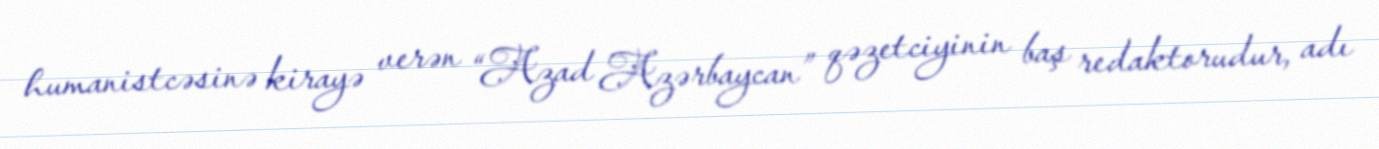
humanistcəsinə kirayə verən “Azad Azərbaycan” qəzetciyinin baş redaktorudur, adı